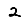
Digit: 2